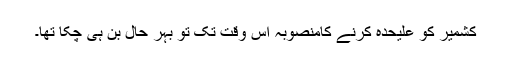
کشمیر کو علیحدہ کرنے کامنصوبہ اُس وقت تک تو بہر حال بن ہی چکا تھا۔